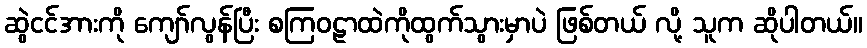
ဆွဲငင်အားကို ကျော်လွန်ပြီး စကြဝဠာထဲကိုထွက်သွားမှာပဲ ဖြစ်တယ် လို့ သူက ဆိုပါတယ်။